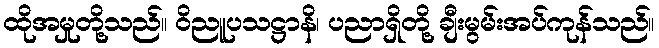
ထိုအမှုတို့သည်။ ဝိညူပသဋ္ဌာနိ၊ ပညာရှိတို့ ချီးမွမ်းအပ်ကုန်သည်။